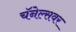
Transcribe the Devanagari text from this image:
चॅनेल्सवर